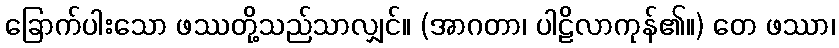
ခြောက်ပါးသော ဖဿတို့သည်သာလျှင်။ (အာဂတာ၊ ပါဠိလာကုန်၏။) တေ ဖဿာ၊